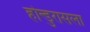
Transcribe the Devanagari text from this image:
होन्डुरासला